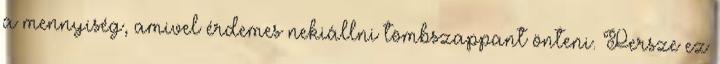
a mennyiség, amivel érdemes nekiállni tömbszappant önteni. Persze ez